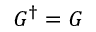
{ \cal G } ^ { \dagger } = { \cal G }